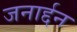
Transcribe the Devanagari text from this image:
जनार्द्दन